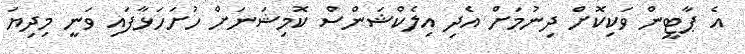
އެ ޕާޓީން ވަކިކޮށް ދިނުމަށް އެދި އިލެކްޝަންސް ކޮމިޝަނަށް ހުށަހަޅާފައި ވަނީ މިދިޔަ